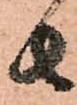
者